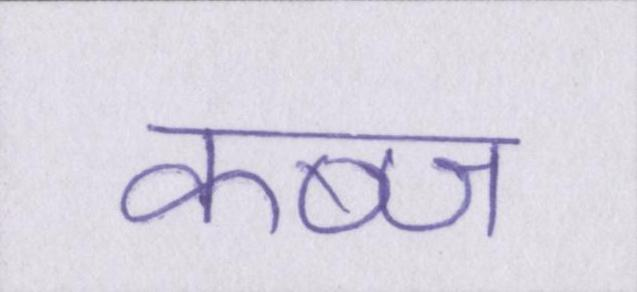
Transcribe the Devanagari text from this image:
कब्ज